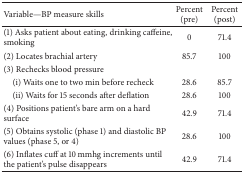
<table><thead><tr><td><b>Variable—BP measure skills</b></td><td><b>Percent (pre)</b></td><td><b>Percent (post)</b></td></tr></thead><tbody><tr><td>(1) Asks patient about eating, drinking caffeine, smoking</td><td>0</td><td>71.4</td></tr><tr><td>(2) Locates brachial artery</td><td>85.7</td><td>100</td></tr><tr><td>(3) Rechecks blood pressure</td><td> </td><td> </td></tr><tr><td> (i) Waits one to two min before recheck</td><td>28.6</td><td>85.7</td></tr><tr><td> (ii) Waits for 15 seconds after deflation</td><td>28.6</td><td>100</td></tr><tr><td>(4) Positions patient&#x27;s bare arm on a hard surface</td><td>42.9</td><td>71.4</td></tr><tr><td>(5) Obtains systolic (phase 1) and diastolic BP values (phase 5, or 4)</td><td>28.6</td><td>100</td></tr><tr><td>(6) Inflates cuff at 10 mmhg increments until the patient&#x27;s pulse disappears</td><td>42.9</td><td>71.4</td></tr></tbody></table>